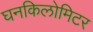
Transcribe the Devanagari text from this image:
घनकिलोमिटर